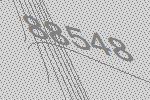
88548